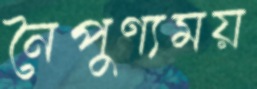
নৈপুণ্যময়